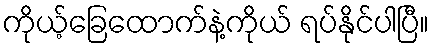
ကိုယ့်ခြေထောက်နဲ့ကိုယ် ရပ်နိုင်ပါပြီ။